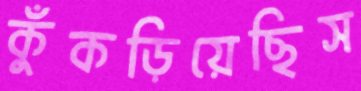
কুঁকড়িয়েছিস